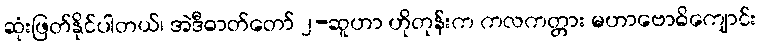
ဆုံးဖြတ်နိုင်ပါတယ်၊ အဲဒီဓာတ်တော် ၂-ဆူဟာ ဟိုတုန်းက ကလကတ္တား မဟာဗောဓိကျောင်း